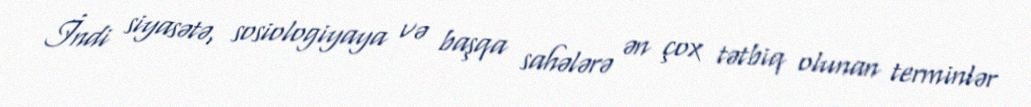
İndi siyasətə, sosiologiyaya və başqa sahələrə ən çox tətbiq olunan terminlər